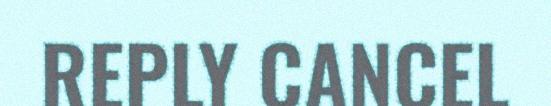
REPLY CANCEL